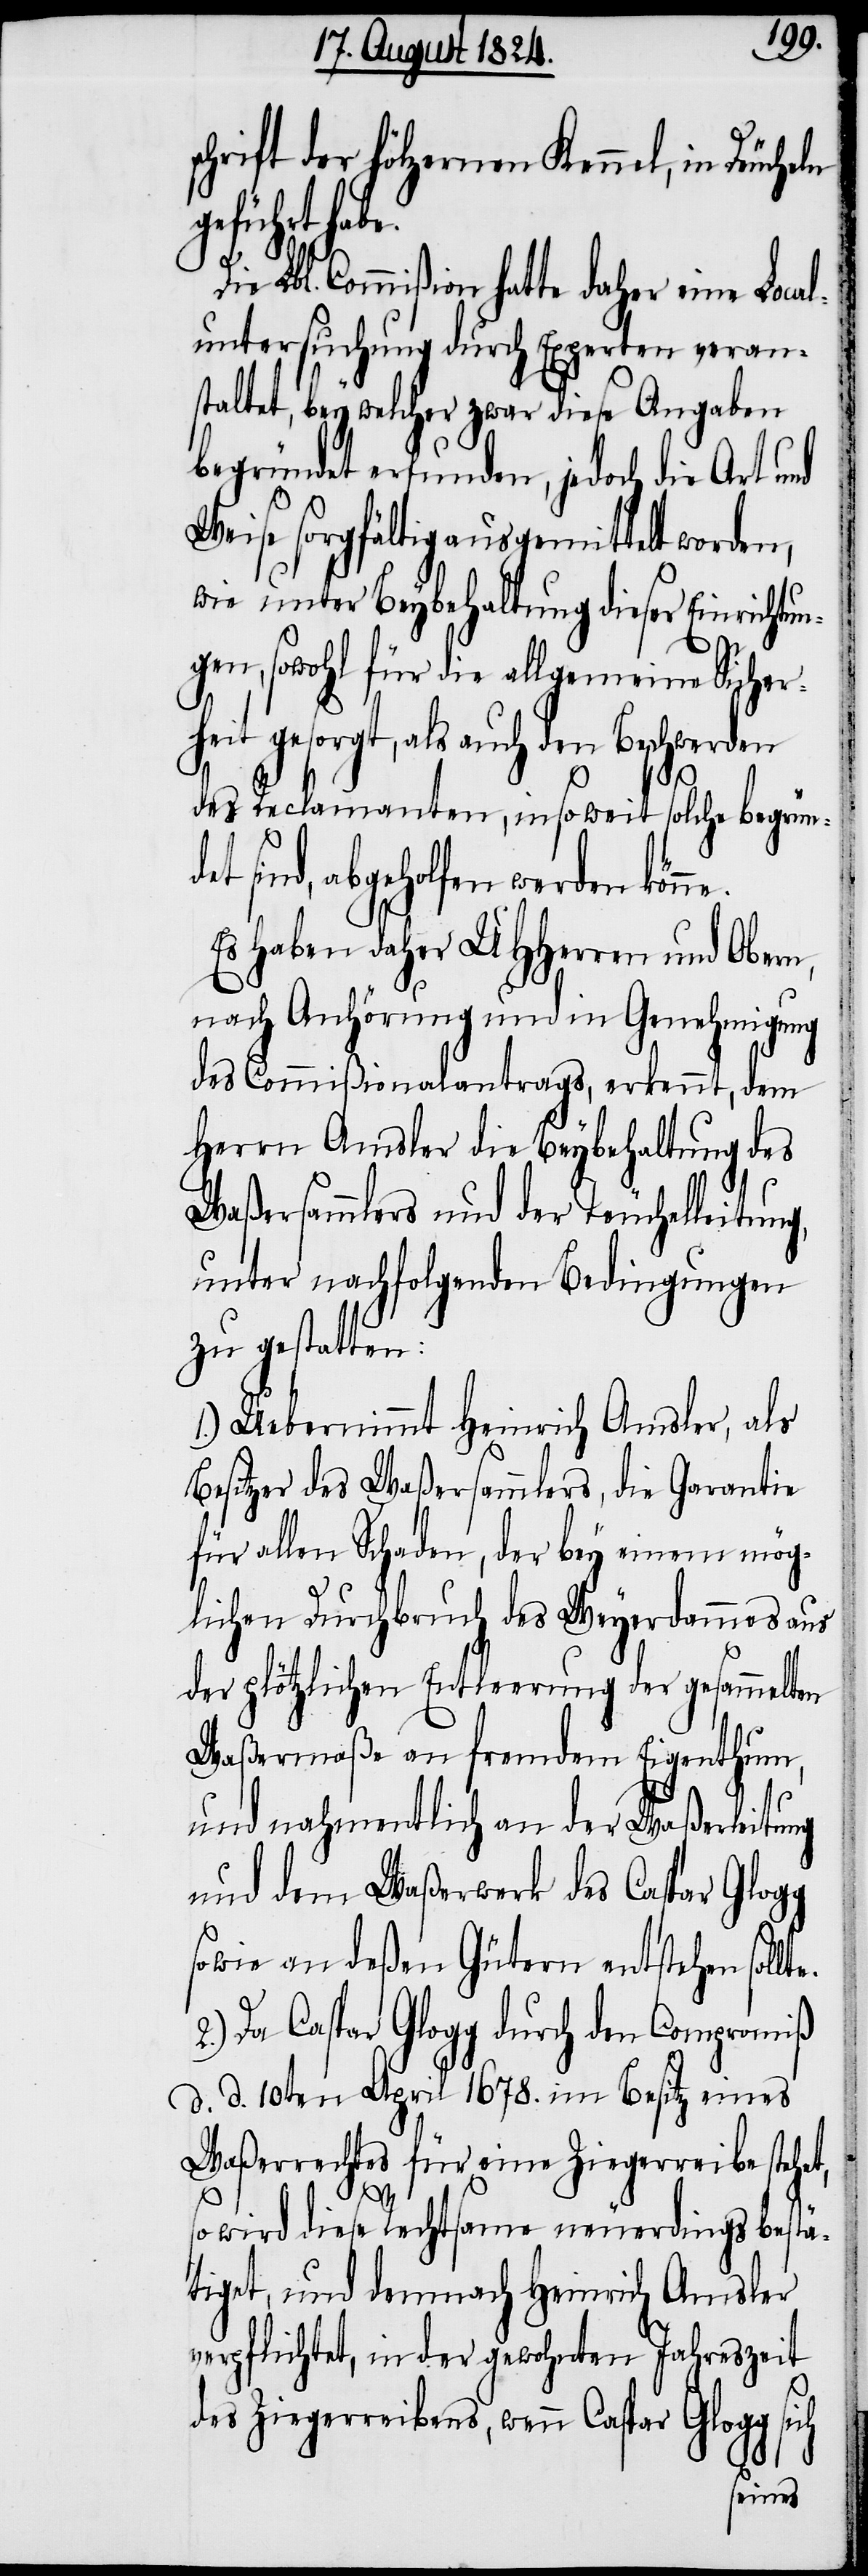
schrift der hölzernen Kennel, in Deuche¬
geführt habe.
Lbl. Commißion hatte daher eine Loca¬
luntersuchung durch Experten verans¬
taltet, bey welcher zwar diese Angaben
begründet erfunden, jedoch die Art und
Weise sorgfältig ausgemittelt worden,
wie unter Beybehaltung dieser Einrichtun¬
gen, sowohl für die allgemeine Sicher¬
heit gesorgt, als auch den Beschwerden
des Reclamanten, insoweit solche begründet
sind, abgeholfen werden kön¬
Es haben UHHerren und Obern,
nach Anhörung und in Genehmigung
des Commißionalantrags, erkennt, dem
Herrn Amsler die Beybehaltung des
Waßersammlers und der Teuchelleitung,
unter nachfolgenden Bedingungen
zu gestatten:
1.) Uebernimmt Heinrich Amsler, als
Besitzer des Waßersammlers, die Garantie
für allen Schaden, der bey einem mög¬
2.)
lichen Durchbruch des Weyerdammes aus
der plötzlichen Entleerung der gesammelten
Waßermaße an fremdem Eigenthum,
t,
und nahmentlich an der Waßerleitung
und dem Waßerwerk des Caspar Glogg
sowie an deßen Gütern entstehen soll¬
Da Caspar Glogg durch den Compromiß
d. d. 10ten April 1678. im Besitz eines
Waßerrechtes für eine Ziegerreibe stehe¬
so wird diese Rechtsame neuerdings bestä¬
tiget, und demnach Heinrich Amsler
verpflichtet, in der gewohnten Jahreszeit
des Ziegerreibens, wenn Caspar Glogg sich